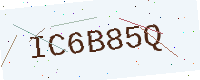
Text: IC6B85Q